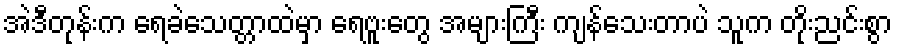
အဲဒီတုန်းက ရေခဲသေတ္တာထဲမှာ ရေဗူးတွေ အများကြီး ကျန်သေးတာပဲ သူက တိုးညင်းစွာ